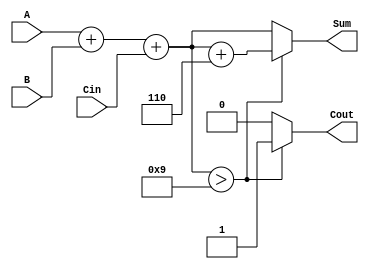
module bcd_adder (
    input  wire [3:0] A,      // First BCD digit
    input  wire [3:0] B,      // Second BCD digit
    input  wire Cin,           // Carry-in
    output reg  [3:0] Sum,     // BCD Sum output
    output reg  Cout           // Carry-out
);

    wire [4:0] binary_sum;     // 5-bit to accommodate carry
    wire correction_needed;     // Flag for correction

    // Step 1: Perform binary addition
    assign binary_sum = A + B + Cin;

    // Step 2: Check if correction is needed (if sum > 9)
    assign correction_needed = binary_sum[3:0] > 4'b1001;

    // Step 3: Calculate the corrected sum
    always @(*) begin
        if (correction_needed) begin
            Sum = binary_sum + 4'b0110;  // Add 6 for BCD correction
            Cout = 1;                     // Set carry out
        end else begin
            Sum = binary_sum[3:0];        // No correction needed
            Cout = 0;                     // No carry out
        end
    end

endmodule